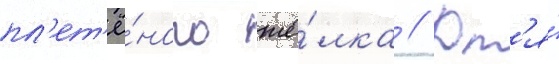
пл'ет'ё́ного шё́лка // Дл'я́